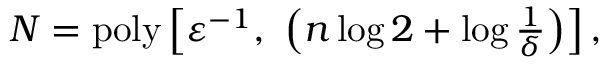
\begin{array} { r } { N = \mathrm { p o l y } \left[ \varepsilon ^ { - 1 } , \ \left( n \log 2 + \log \frac { 1 } { \delta } \right) \right] , } \end{array}